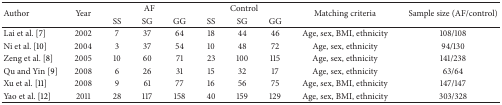
| <ROWSPAN=2> Author | <ROWSPAN=2> Year | <COLSPAN=3> AF | <COLSPAN=3> Control | <ROWSPAN=2> Matching criteria | <ROWSPAN=2> Sample size (AF/control) |
 | SS | SG | GG | SS | SG | GG |
 | --- | --- | --- | --- | --- | --- | --- | --- | --- | --- |
 | Lai et al. [7] | 2002 | 7 | 37 | 64 | 18 | 44 | 46 | Age, sex, BMI, ethnicity | 108/108 |
 | Ni et al. [10] | 2004 | 3 | 37 | 54 | 10 | 48 | 72 | Age, sex, ethnicity | 94/130 |
 | Zeng et al. [8] | 2005 | 10 | 60 | 71 | 23 | 100 | 115 | Age, sex, ethnicity | 141/238 |
 | Qu and Yin [9] | 2008 | 6 | 26 | 31 | 15 | 32 | 17 | Age, sex, ethnicity | 63/64 |
 | Xu et al. [11] | 2008 | 9 | 61 | 77 | 16 | 56 | 75 | Age, sex, BMI, ethnicity | 147/147 |
 | Yao et al. [12] | 2011 | 28 | 117 | 158 | 40 | 159 | 129 | Age, sex, BMI, ethnicity | 303/328 |